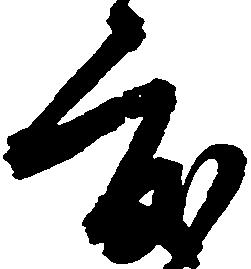
度